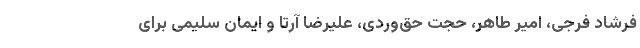
فرشاد فرجی، امیر طاهر، حجت حق‌وردی، علیرضا آرتا و ایمان سلیمی برای